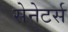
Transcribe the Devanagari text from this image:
सेनेटर्स